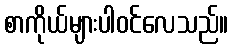
စာကိုယ်များပါဝင်လေသည်။